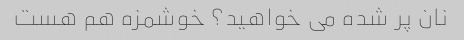
نان پر شده می خواهید؟ خوشمزه هم هست